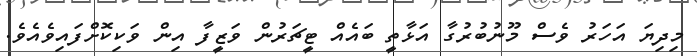
މިދިޔަ އަހަރު ވެސް މޫނުބުރުގާ އަޅާތީ ބައެއް ޓީޗަރުން ވަޒީފާ އިން ވަކިކޮށްފައިވެއެވެ.